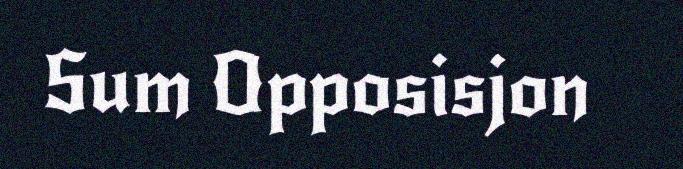
Sum Opposisjon